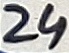
Text: 24